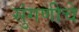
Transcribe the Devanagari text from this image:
सुंगणीचे